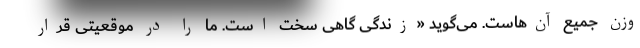
وزنِ جمیع آن‌هاست. می‌گوید «زندگی گاهی سخت است. ما را در موقعیتی قرار